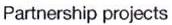
Partnership projects